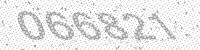
Solution: 066821